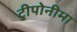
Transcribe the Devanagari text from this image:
ट्रीपोनीमा